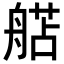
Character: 𬜗